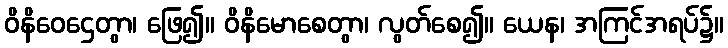
ဝိနိဝေဌေတွာ၊ ဖြေ၍။ ဝိနိမောစေတွာ၊ လွတ်စေ၍။ ယေန၊ အကြင်အရပ်၌။